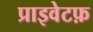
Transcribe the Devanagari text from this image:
प्राइवेटफ़